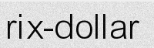
rix-dollar